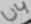
Text: U4